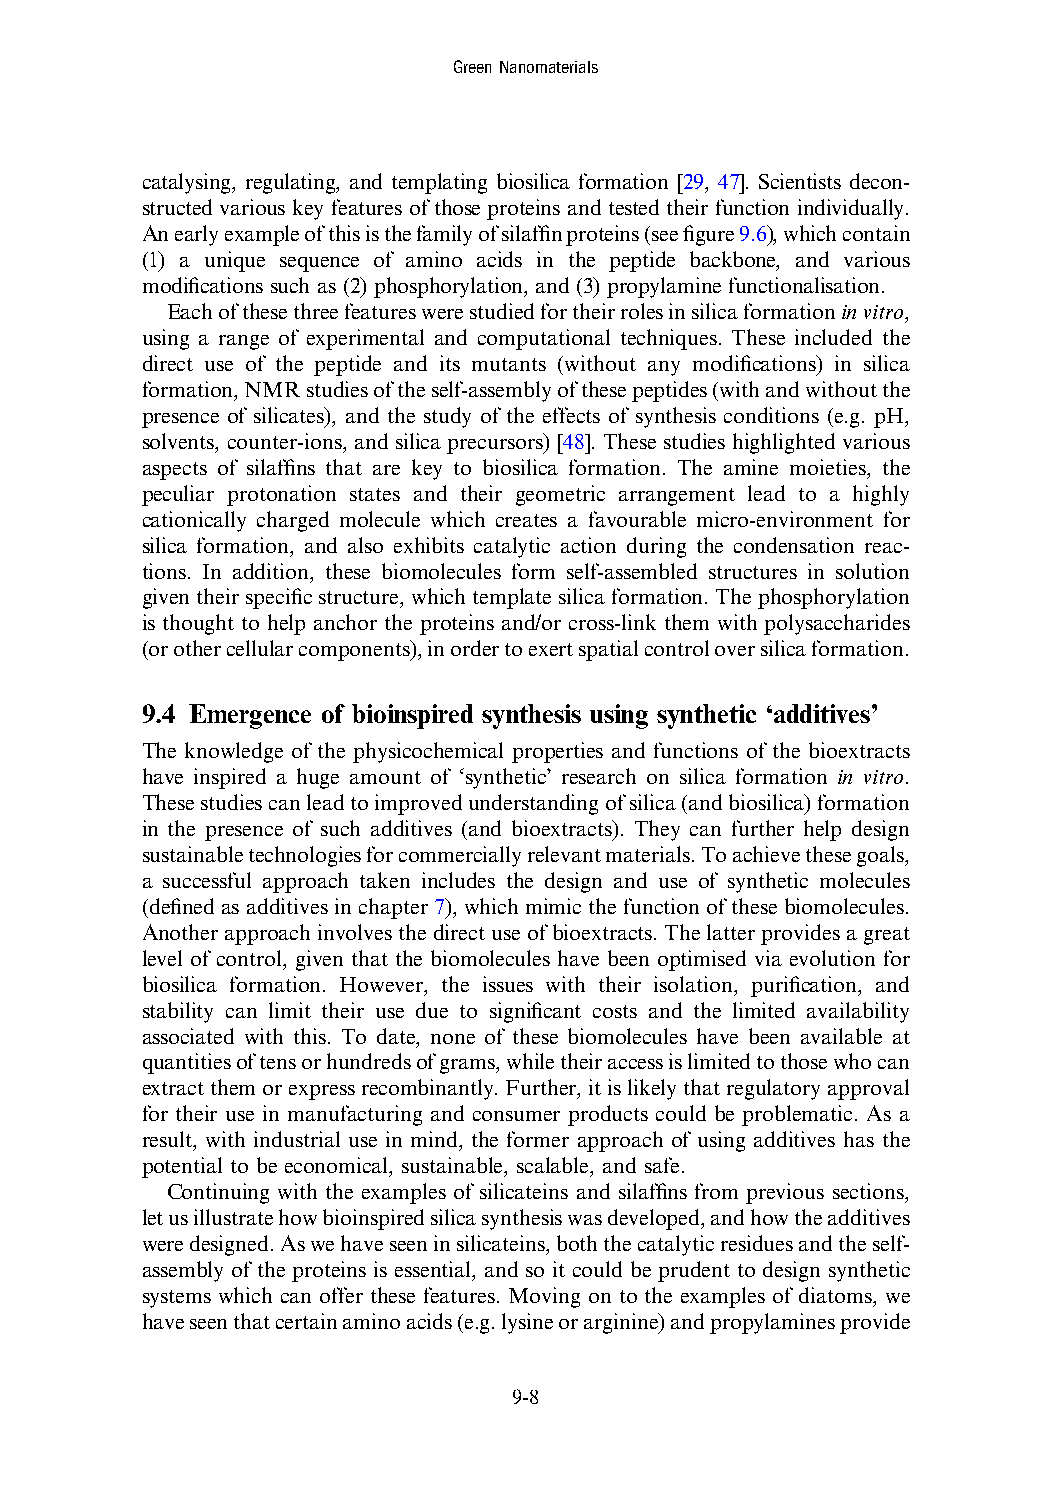
GreenNanomaterials
 catalysing, regulating, and templating biosilica formation [29, 47]. Scientists decon-
 structed various key features of those proteins and tested their function individually.
 Anearlyexampleofthisisthefamilyofsilaffinproteins(seefigure9.6),whichcontain
 (1) a unique sequence of amino acids in the peptide backbone, and various
 modifications such as (2) phosphorylation, and (3) propylamine functionalisation.
 Eachofthesethreefeatureswerestudiedfortheirrolesinsilicaformationinvitro,
 using a range of experimental and computational techniques. These included the
 direct use of the peptide and its mutants (without any modifications) in silica
 formation,NMRstudiesoftheself-assemblyofthesepeptides(withandwithoutthe
 presence of silicates), and the study of the effects of synthesis conditions (e.g. pH,
 solvents, counter-ions, and silica precursors) [48]. These studies highlighted various
 aspects of silaffins that are key to biosilica formation. The amine moieties, the
 peculiar protonation states and their geometric arrangement lead to a highly
 cationically charged molecule which creates a favourable micro-environment for
 silica formation, and also exhibits catalytic action during the condensation reac-
 tions. In addition, these biomolecules form self-assembled structures in solution
 given their specific structure, which template silica formation. The phosphorylation
 is thought to help anchor the proteins and/or cross-link them with polysaccharides
 (orothercellularcomponents),inordertoexertspatialcontroloversilicaformation.
 9.4 Emergence of bioinspired synthesis using synthetic ‘additives’
 The knowledge of the physicochemical properties and functions of the bioextracts
 have inspired a huge amount of ‘synthetic’ research on silica formation in vitro.
 Thesestudiescanleadtoimprovedunderstandingofsilica(andbiosilica)formation
 in the presence of such additives (and bioextracts). They can further help design
 sustainabletechnologiesforcommerciallyrelevantmaterials.Toachievethesegoals,
 a successful approach taken includes the design and use of synthetic molecules
 (defined as additives in chapter 7), which mimic the function of these biomolecules.
 Anotherapproachinvolves thedirectuse ofbioextracts.Thelatter providesagreat
 level of control, given that the biomolecules have been optimised via evolution for
 biosilica formation. However, the issues with their isolation, purification, and
 stability can limit their use due to significant costs and the limited availability
 associated with this. To date, none of these biomolecules have been available at
 quantitiesoftensorhundredsofgrams,whiletheiraccessislimitedtothosewhocan
 extractthemorexpressrecombinantly.Further,itislikelythatregulatoryapproval
 for their use in manufacturing and consumer products could be problematic. As a
 result, with industrial use in mind, the former approach of using additives has the
 potential to be economical, sustainable, scalable, and safe.
 Continuing with the examples of silicateins and silaffins from previous sections,
 letusillustratehowbioinspiredsilicasynthesiswasdeveloped,andhowtheadditives
 weredesigned.Aswehaveseeninsilicateins,boththecatalyticresiduesandtheself-
 assembly of the proteins is essential, and so it could be prudent to design synthetic
 systems which can offer these features. Moving on to the examples of diatoms, we
 haveseenthatcertainaminoacids(e.g.lysineorarginine)andpropylaminesprovide
 9-8